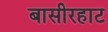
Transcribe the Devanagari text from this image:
बासीरहाट